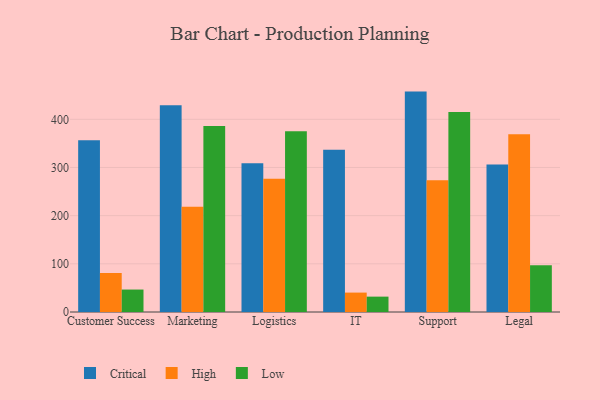
{"axis": {"x": "Department", "y": "Satisfaction Score"}, "legend": ["Critical", "High", "Low"], "data": [{"x": "Customer Success", "y": 356.3, "type": "Critical"}, {"x": "Customer Success", "y": 81.0, "type": "High"}, {"x": "Customer Success", "y": 46.6, "type": "Low"}, {"x": "Marketing", "y": 429.4, "type": "Critical"}, {"x": "Marketing", "y": 218.6, "type": "High"}, {"x": "Marketing", "y": 386.3, "type": "Low"}, {"x": "Logistics", "y": 308.9, "type": "Critical"}, {"x": "Logistics", "y": 276.8, "type": "High"}, {"x": "Logistics", "y": 375.2, "type": "Low"}, {"x": "IT", "y": 337.0, "type": "Critical"}, {"x": "IT", "y": 40.3, "type": "High"}, {"x": "IT", "y": 31.9, "type": "Low"}, {"x": "Support", "y": 457.5, "type": "Critical"}, {"x": "Support", "y": 273.5, "type": "High"}, {"x": "Support", "y": 414.9, "type": "Low"}, {"x": "Legal", "y": 306.0, "type": "Critical"}, {"x": "Legal", "y": 368.9, "type": "High"}, {"x": "Legal", "y": 96.9, "type": "Low"}]}